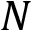
N